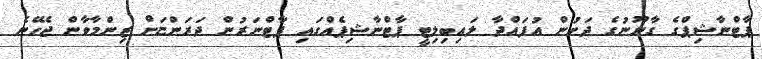
ޕާޓްނާޝިޕްގެ ގާނޫނުގެ ދަށުން އުފައްދާ ލައިބިލިޓީ ޕާޓްނާޝިޕެއްގައި ޕާޓްނަރުން ދަރަންޏަށް ޒިންމާވާން ޖެހޭނެ